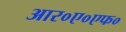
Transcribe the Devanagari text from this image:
आर०ए०एफ०